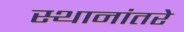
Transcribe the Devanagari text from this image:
स्थानांतरे